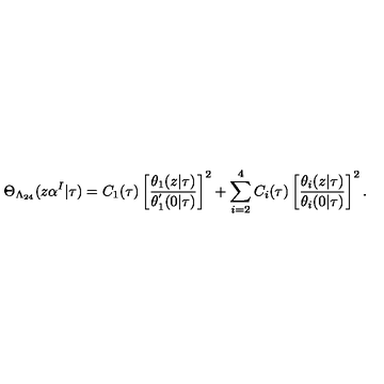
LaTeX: \Theta _ { \Lambda _ { 2 4 } } ( z \alpha ^ { I } | \tau ) = C _ { 1 } ( \tau ) \left[ \frac { \theta _ { 1 } ( z | \tau ) } { \theta _ { 1 } ^ { ' } ( 0 | \tau ) } \right] ^ { 2 } + \sum _ { i = 2 } ^ { 4 } C _ { i } ( \tau ) \left[ \frac { \theta _ { i } ( z | \tau ) } { \theta _ { i } ( 0 | \tau ) } \right] ^ { 2 } .